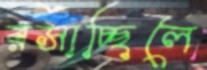
রসাচ্ছিলে